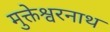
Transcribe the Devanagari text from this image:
मुक्तेश्वरनाथ